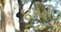
૪૫મી